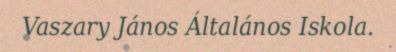
Vaszary János Általános Iskola.